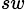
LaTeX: _{sw}